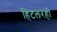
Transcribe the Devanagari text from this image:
हिटलरही